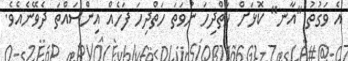
އެ ވަގުތު ''އާނ'' ކޮޅަށް ހަތްދިހަ ނުވަތަ ހަތްދިހަ ފަހެއް އިންސައްތަ ދެވޭނެއެވެ.